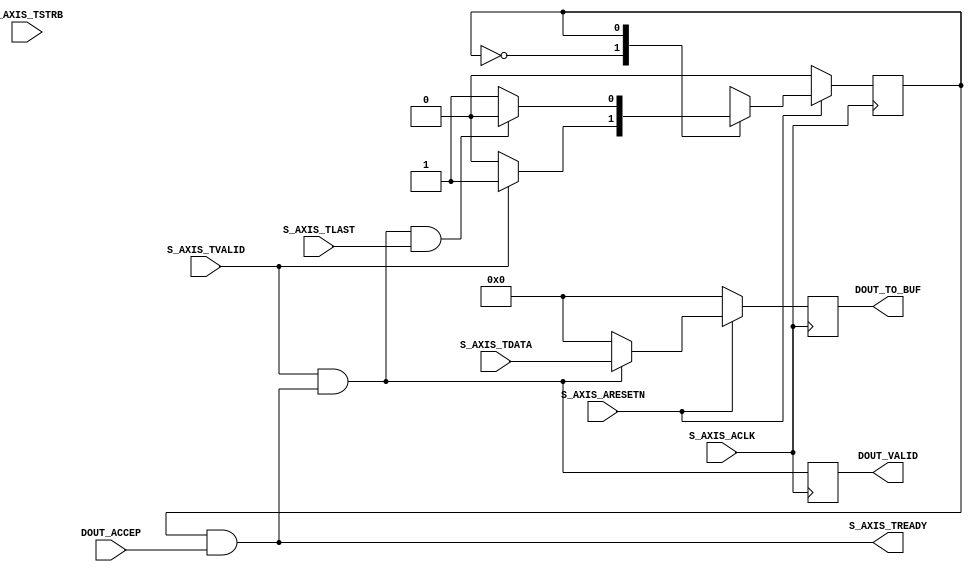
//Customed AXIS Slave Interface
//
//futher abstract the axis-s interface to user Logic
//
//Outsider: Standard AXIS-slave Interface
//Insider: DOUT, DOUT_VALID, DOUT_ACCEP
//abstract away the tlast singal
//there is one cycle delay between outside and inside interface
`timescale 1 ns / 1 ps
	module axis_bram_adapter_v1_0_S00_AXIS #
	(
		parameter integer C_S_AXIS_TDATA_WIDTH	= 32
	)
	(
		input wire  S_AXIS_ACLK,
		input wire  S_AXIS_ARESETN,
		output wire  S_AXIS_TREADY,
		input wire [C_S_AXIS_TDATA_WIDTH-1 : 0] S_AXIS_TDATA,
		// Byte qualifier
		input wire [(C_S_AXIS_TDATA_WIDTH/8)-1 : 0] S_AXIS_TSTRB,
		input wire  S_AXIS_TLAST,
		input wire  S_AXIS_TVALID,

        //customer IO
        output wire [C_S_AXIS_TDATA_WIDTH-1: 0] DOUT_TO_BUF,
        output wire DOUT_VALID,
        input wire DOUT_ACCEP
	);
	// Define the states of state machine
	// The control state machine oversees the writing of input streaming data to the FIFO,
	// and outputs the streaming data from the FIFO
	parameter [1:0] IDLE = 1'b0,        // This is the initial/idle state 

	                WRITE_FIFO  = 1'b1; // In this state FIFO is written with the
	                                    // input stream data S_AXIS_TDATA 
	wire axis_tready;
	// State variable
	reg mst_exec_state;  

	//reg write_done;

    reg [C_S_AXIS_TDATA_WIDTH-1: 0] dout;
    wire w_en;
    reg w_en_delay;

    assign DOUT_TO_BUF = dout;
    assign DOUT_VALID = w_en_delay;
    
	assign S_AXIS_TREADY = axis_tready;

	// Control state machine implementation
	always@(posedge S_AXIS_ACLK) 
	begin  
	  if (!S_AXIS_ARESETN) 
	    begin
	      mst_exec_state <= IDLE;
	    end  
	  else
	    case (mst_exec_state)
	      IDLE: 
	        // The sink starts accepting tdata when 
	        // there tvalid is asserted to mark the
	        // presence of valid streaming data 
	          if (S_AXIS_TVALID)
	            begin
	              mst_exec_state <= WRITE_FIFO;
	            end
	          else
	            begin
	              mst_exec_state <= IDLE;
	            end
	      WRITE_FIFO: 
	        // When the sink has accepted all the streaming input data,
	        // the interface swiches functionality to a streaming master
	        if (w_en && S_AXIS_TLAST)
	          begin
	            mst_exec_state <= IDLE;
	          end
	        else
	          begin
	            // The sink accepts and stores tdata 
	            // into FIFO
	            mst_exec_state <= WRITE_FIFO;
	          end

	    endcase
	end

	// AXI Streaming Sink 
	assign axis_tready = ((mst_exec_state == WRITE_FIFO) && DOUT_ACCEP);
	assign w_en = S_AXIS_TVALID && axis_tready;

    always@(posedge S_AXIS_ACLK)
    begin
        w_en_delay <= w_en;
    end

	always@(posedge S_AXIS_ACLK)
	begin
	  if(!S_AXIS_ARESETN)
	    begin
          dout <= {C_S_AXIS_TDATA_WIDTH{1'b0}};
	    end  
	  else
        begin
            dout <= (w_en) ? S_AXIS_TDATA : {C_S_AXIS_TDATA_WIDTH{1'b0}};
        end
    end
endmodule